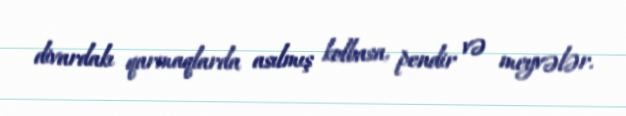
divardakı qarmaqlarda asılmış kolbasa, pendir və meyvələr.